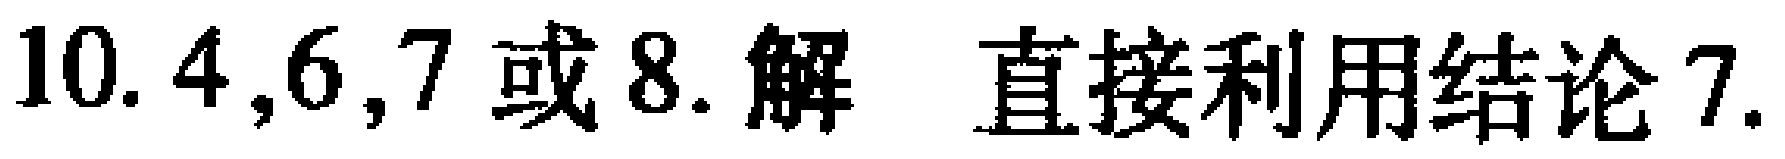
10. 4,6,7 或 8. 解 直接利用结论 7.